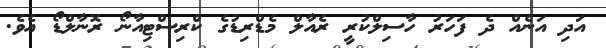
އަދި އަނެއް ދެ ފަހަރު ހާސިލްކުރީ ރެއާލް މެޑްރިޑުގެ ކްރިސްޓިއާނޯ ރޮނާލްޑޯ އެވެ.